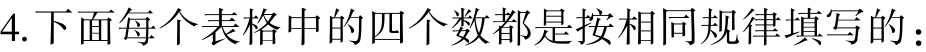
4.下面每个表格中的四个数都是按相同规律填写的：